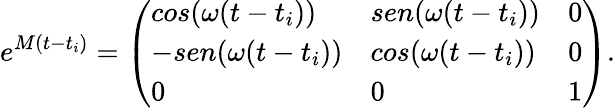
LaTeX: e^{M(t-t_{i})}=\left(\begin{array}{lll}{{cos(\omega{}(t-t_{i}))}}&{{sen(\omega{}(t-t_{i}))}}&{{0}}\\ {{-sen(\omega{}(t-t_{i}))}}&{{cos(\omega{}(t-t_{i}))}}&{{0}}\\ {{0}}&{{0}}&{{1}}\end{array}\right).